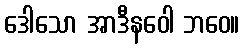
ဒေါသော အာဒီနဝေါ ဘဝေ။